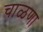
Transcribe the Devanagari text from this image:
चाळणा